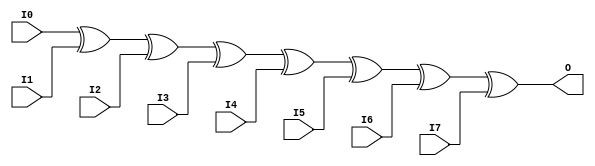
module X_XOR8 (O, I0, I1, I2, I3, I4, I5, I6, I7);

  parameter LOC = "UNPLACED";
  output O;
  input I0, I1, I2, I3, I4, I5, I6, I7;

  xor (O, I0, I1, I2, I3, I4, I5, I6, I7);

  specify

	(I0 => O) = (0:0:0, 0:0:0);
	(I1 => O) = (0:0:0, 0:0:0);
	(I2 => O) = (0:0:0, 0:0:0);
	(I3 => O) = (0:0:0, 0:0:0);
	(I4 => O) = (0:0:0, 0:0:0);
	(I5 => O) = (0:0:0, 0:0:0);
	(I6 => O) = (0:0:0, 0:0:0);
	(I7 => O) = (0:0:0, 0:0:0);

	specparam PATHPULSE$ = 0;

  endspecify

endmodule